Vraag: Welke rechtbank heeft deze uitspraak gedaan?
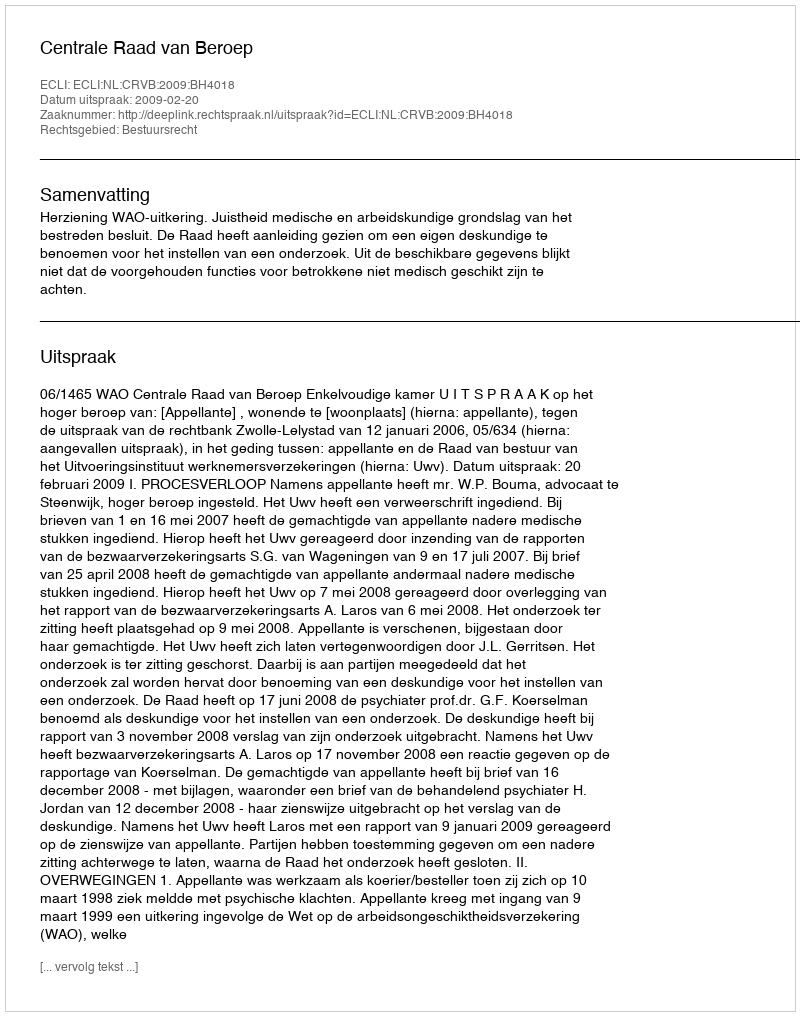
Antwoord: Centrale Raad van Beroep